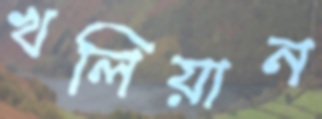
খলিয়ান